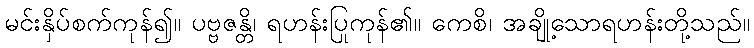
မင်းနှိပ်စက်ကုန်၍။ ပဗ္ဗဇန္တိ၊ ရဟန်းပြုကုန်၏။ ကေစိ၊ အချို့သောရဟန်းတို့သည်။